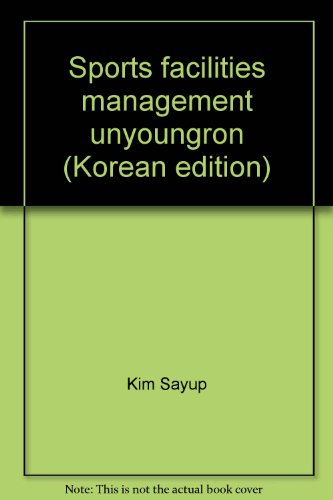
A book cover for Sports facilities management unyoungron (Korean edition); Sports & Outdoors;